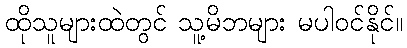
ထိုသူများထဲတွင် သူ့မိဘများ မပါဝင်နိုင်။